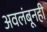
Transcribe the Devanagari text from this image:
अवलंबूनही